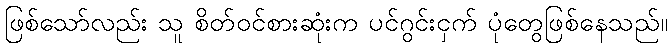
ဖြစ်သော်လည်း သူ စိတ်ဝင်စားဆုံးက ပင်ဂွင်းငှက် ပုံတွေဖြစ်နေသည်။